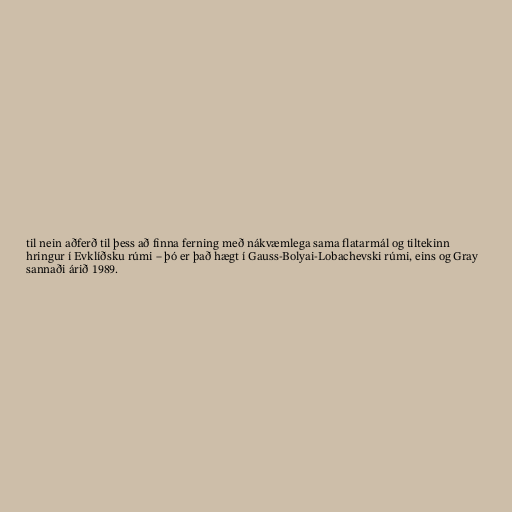
til nein aðferð til þess að finna ferning með nákvæmlega sama flatarmál og tiltekinn
hringur í Evklíðsku rúmi – þó er það hægt í Gauss-Bolyai-Lobachevski rúmi, eins og Gray
sannaði árið 1989.